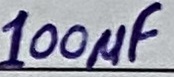
Text: 100µF